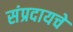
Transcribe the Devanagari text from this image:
संप्रदायचे